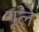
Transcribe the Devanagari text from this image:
गूले